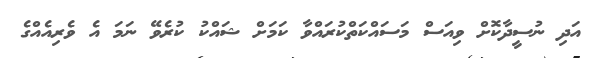
އަދި ނުސީދާކޮށް ވިއަސް މަސައްކަތްކުރައްވާ ކަމަށް ޝައްކު ކުރެވޭ ނަމަ އެ ވެރިއެއްގެ